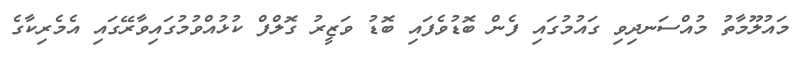
މައުލޫމާތު މުއްސަނދިވި ގައުމުގައި ފެން ބޮޑުވެފައި ބޮޑު ވަޒީރު ގޮލްފް ކުޅުއްވުމުގައިވާރޭގައި އެމެރިކާގެ